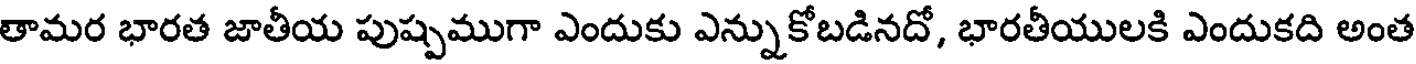
తామర భారత జాతీయ పుష్పముగా ఎందుకు ఎన్నుకోబడినదో, భారతీయులకి ఎందుకది అంత